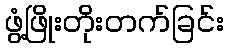
ဖွံ့ဖြိုးတိုးတက်ခြင်း